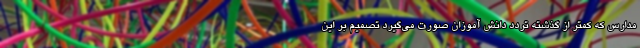
مدارس که کمتر از گذشته تردد دانش آموزان صورت می‌گیرد تصمیم بر این